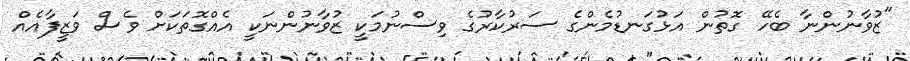
"ޒުވާނުންނާ ބެހޭ ގޮތުން އަޅުގަނޑުމެންގެ ސަރުކާރުގެ ވިސްނުމަކީ ޒުވާނުންނަކީ އެއްގޮތަކަށް ވެސް ވަޒީފާއެއް